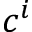
c ^ { i }